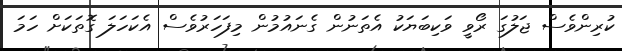
ކުރިންވެސް ޖަލުގަ ރޯވީ ވަކިބަޔަކު އެތަނުން ގެނައުމުން މިފަހަރުވެސް އެކަހަލަ ގޮތަކަށް ހަމަ